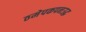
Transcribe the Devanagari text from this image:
ठमेपकपनउद्ध